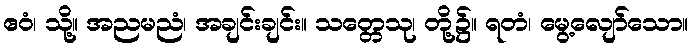
ဧဝံ၊ သို့။ အညမညံ၊ အချင်းချင်း။ သတ္တေသု၊ တို့၌။ ရတံ၊ မွေ့လျော်သော။